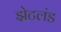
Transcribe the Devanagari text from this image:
झेटलंड